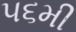
૫૬મી